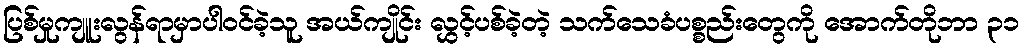
ပြစ်မှုကျူးလွန်ရာမှာပါဝင်ခဲ့သူ အယ်ကျိုင်း လွှင့်ပစ်ခဲ့တဲ့ သက်သေခံပစ္စည်းတွေကို အောက်တိုဘာ ၃၁